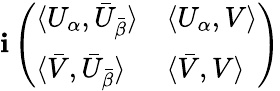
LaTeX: \mathbf{i}\left(\begin{array}{ll}{{\langle U_{\alpha},\bar{U}_{\bar{\beta}}\rangle}}&{{\langle U_{\alpha},V\rangle}}\\ {{\langle\bar{V},\bar{U}_{\bar{\beta}}\rangle}}&{{\langle\bar{V},V\rangle}}\end{array}\right)